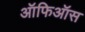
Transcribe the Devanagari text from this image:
ऑफिऑस